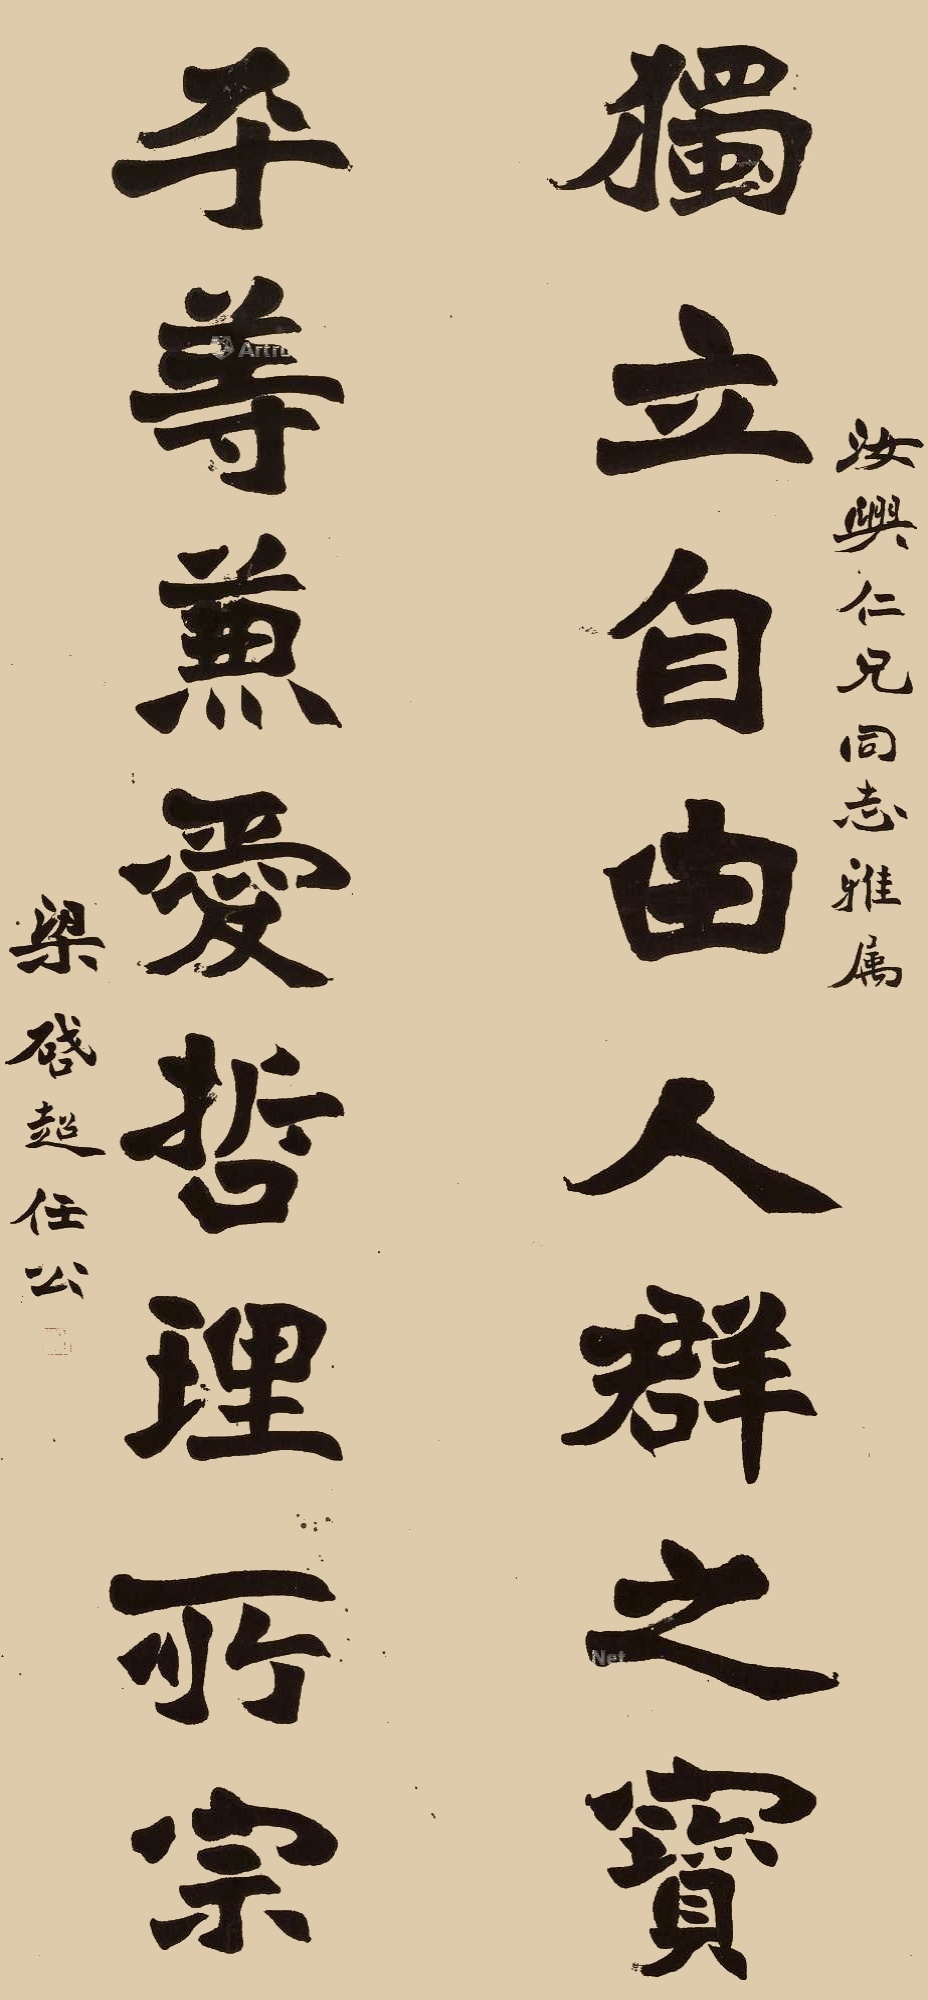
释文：独立自由人群之宝，平等兼爱哲理所宗。汝兴仁兄同志雅属，梁启超任公。